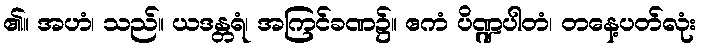
၏။ အဟံ၊ သည်။ ယဒန္တရံ၊ အကြင်ခဏ၌။ ဧကံ ပိဏ္ဍပါတံ၊ တနေ့ပတ်လုံး